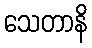
သေတာနိ